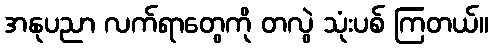
အနုပညာ လက်ရာတွေကို တလွဲ သုံးပစ် ကြတယ်။